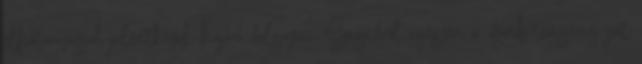
elhatározással jelentkezik hajóra dolgozni. Szegedről egészen a Karib-tengerig jut